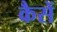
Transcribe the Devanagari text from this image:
कैसें